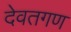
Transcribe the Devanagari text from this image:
देवतगण